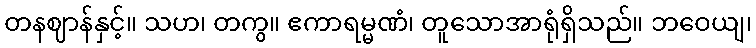
တနဈာန်နှင့်။ သဟ၊ တကွ။ ဧကာရမ္မဏံ၊ တူသောအာရုံရှိသည်။ ဘဝေယျ၊